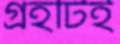
গ্রহটিই